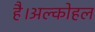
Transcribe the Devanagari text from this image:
है।अल्कोहल